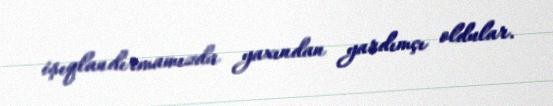
işıqlandırmamızda yaxından yardımçı oldular.